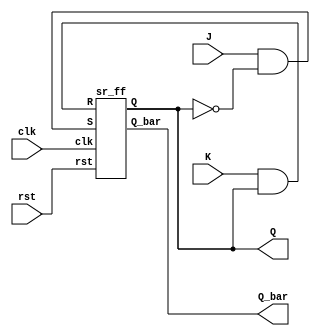
module jk_using_sr(clk,rst,J,K,Q,Q_bar);
  input clk, rst,J,K;
  output Q,Q_bar;
  wire w1,w2;
  
  assign w1 = J & ~Q;
  assign w2 = K & Q;
  
  sr_ff SRF(clk,rst, w1,w2,Q,Q_bar);
  
endmodule

module sr_ff(clk,rst,S,R, Q,Q_bar);
input clk,rst,S,R;
output reg Q;
output Q_bar;

always@(posedge clk)
begin
if(!rst) begin
  case({S,R})
    2'b00: Q <= Q;
	2'b01: Q <= 1'b0;
	2'b10: Q <= 1'b1;
	2'b11: Q <= 1'bx;
  endcase
  end
else
  Q = 1'b0;
end

assign Q_bar = ~Q;

endmodule